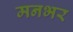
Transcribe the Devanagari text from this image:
मनभर